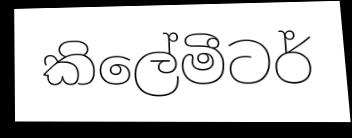
කිලේමීටර්